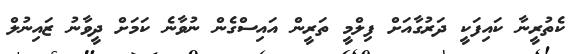
ކެތުރީނާ ކައިފަކީ ދަރުގާއަށް ފިލްމީ ތަރީން އައިސްގެން ނުވާނެ ކަމަށް ދީވާނު ޒައިނުލް